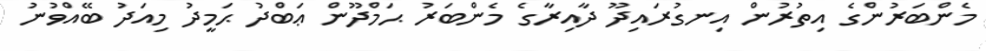
މެންބަރުންގެ އިތުރުންް އިނގުރައިދޫ ދާއިރާގެ މެންބަރު ޙަމްދޫން ޢަބްދު ޙަމީދު މިއަދު ބޭއްވުނު